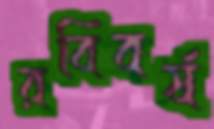
রবিবর্ষ